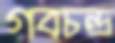
গবচন্দ্র